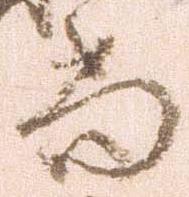
尚